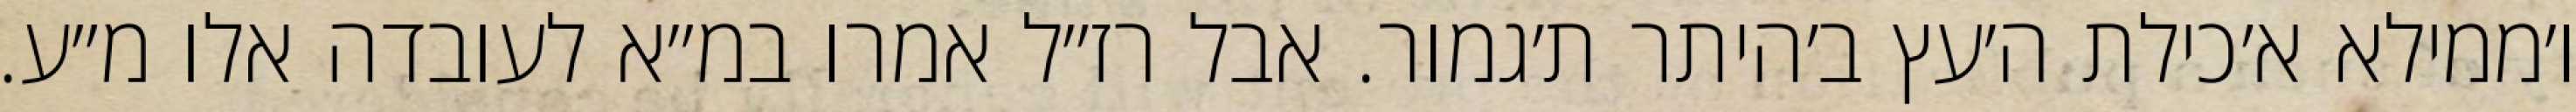
ו׳ממילא א׳כילת ה׳עץ ב׳היתר ת׳גמור. אבל רז״ל אמרו במ״א לעובדה אלו מ״ע.